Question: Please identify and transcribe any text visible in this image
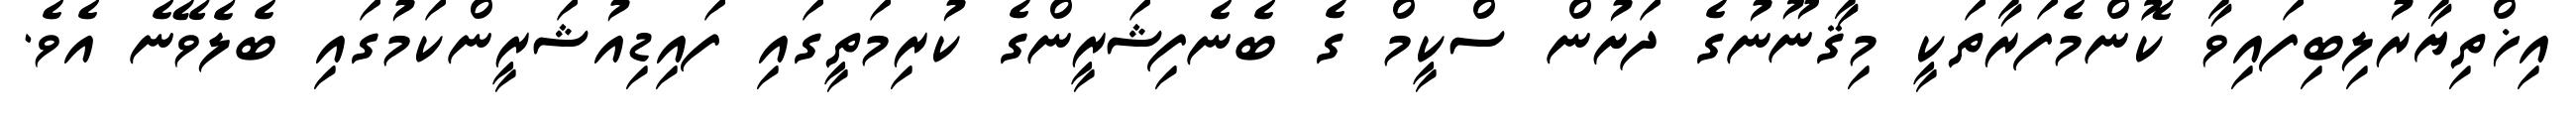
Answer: އިޚްތިޔާރުލިބިފައިވާ ކޮންމެފަރާތަކީ މިޤާނޫނުގެ ދަށުން ސްކީމް ގެ ބެނެފިޝަރީންގެ ކުރިމަތީގައި ފައިޑިއުޝަރީންކަމުގައި ބެލެވޭނެ އެވެ.